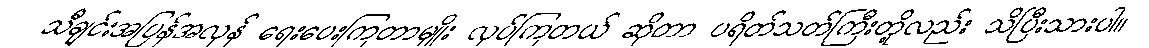
သီချင်းအပြန်အလှန် ရေးပေးကြတာမျိုး လုပ်ကြတယ် ဆိုတာ ပရိတ်သတ်ကြီးတို့လည်း သိပြီးသားပါ။